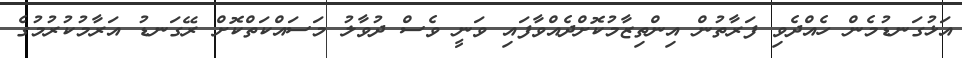
އަޅުގަނޑުމެން ހެއްދެވި ފަރާތުން އިންތިޒާމުކޮށްދެއްވާފައި ވަނީ ވެސް ދުވާލު މަސައްކަތްކޮށް ރޭގަނޑު އަރާމުކުރުމުގެ